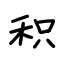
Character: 积